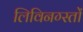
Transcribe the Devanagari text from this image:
लिविनग्स्तों